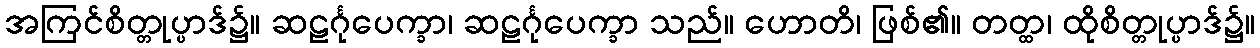
အကြင်စိတ္တုပ္ပာဒ်၌။ ဆဠင်္ဂုပေက္ခာ၊ ဆဠင်္ဂုပေက္ခာ သည်။ ဟောတိ၊ ဖြစ်၏။ တတ္ထ၊ ထိုစိတ္တုပ္ပာဒ်၌။